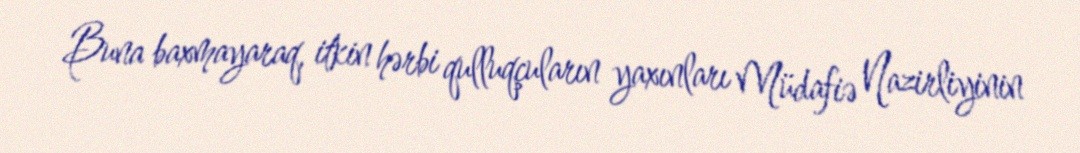
Buna baxmayaraq, itkin hərbi qulluqçuların yaxınları Müdafiə Nazirliyinin